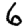
Digit: 6